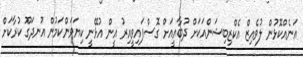
އަނެއްކޮޅުން ލުވެއިޒް އެކްޒިބިޝަންއަކަށް ދުބާއީއަށް ގޮސްފައިވީއިރު އީން އުޅޭނީ ކިޔަވަންކަމުން އުނދަގޫ ކުރާކަށް